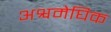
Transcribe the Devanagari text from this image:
अश्वमेघिक